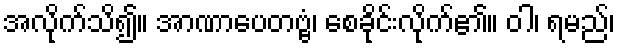
အလိုက်သိ၍။ အာဏာပေတဗ္ဗံ၊ စေခိုင်းလိုက်၏။ ဝါ၊ ရမည်၊